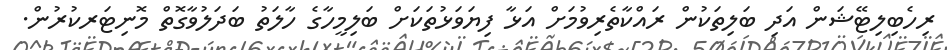
ރިހެބިލިޓޭޝަން އަދި ބަލިތަކުން ރައްކާތެރިވުމަށް އަޅާ ފިޔަވަޅުތަކަށް ބަލިމީހާގެ ހާލަތު ބަދަލުވާގޮތް މޮނިޓަރކުރުން.